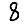
Digit: 8